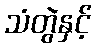
သံတွဲနှင့်